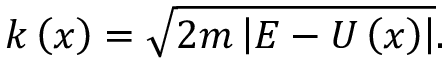
k \left( x \right) = \sqrt { 2 m \left| E - U \left( x \right) \right| } .